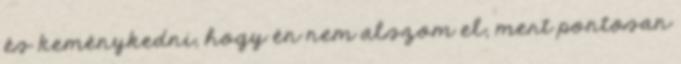
és keménykedni, hogy én nem alszom el, mert pontosan